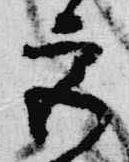
宮